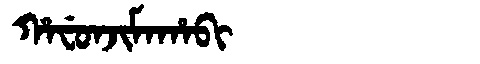
Manchu: ᡥᠠᠸᡠᠨᠵᡳᠮᠠᡥᠠᠪᡳ
Romanization: HAFUNJIMAHABI